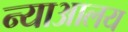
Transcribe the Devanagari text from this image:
न्याआलय